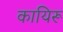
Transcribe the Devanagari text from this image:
कायिरू